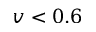
v < 0 . 6